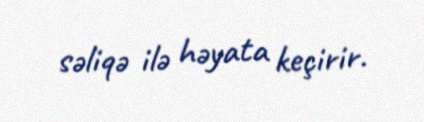
səliqə ilə həyata keçirir.